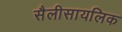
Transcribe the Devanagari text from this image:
सैलीसायलिक